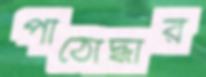
পাঠোদ্ধার